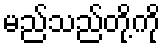
မည်သည်တို့ကို